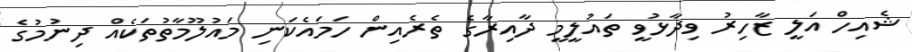
ޝެއިހް އަލީ ޒާހިރު ވިދާޅުވީ ތައުލީމީ ދާއިރާގެ ތެރެއިން ހަމައެކަނި މައުލޫމާތުތަކެއް ދިނުމުގެ